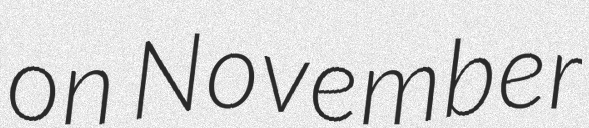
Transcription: on November